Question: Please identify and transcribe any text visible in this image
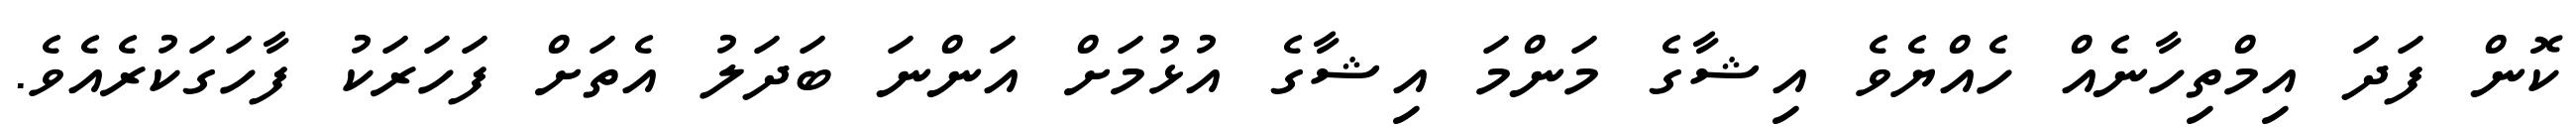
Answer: ކޮން ފަދަ އިމްތިހާނެއް ހެއްޔެވެ އިޝާގެ މަންމަ އިޝާގެ އުޅުމަށް އަންނަ ބަދަލު އެތަށް ފަހަރަކު ފާހަގަކުރެއެވެ.